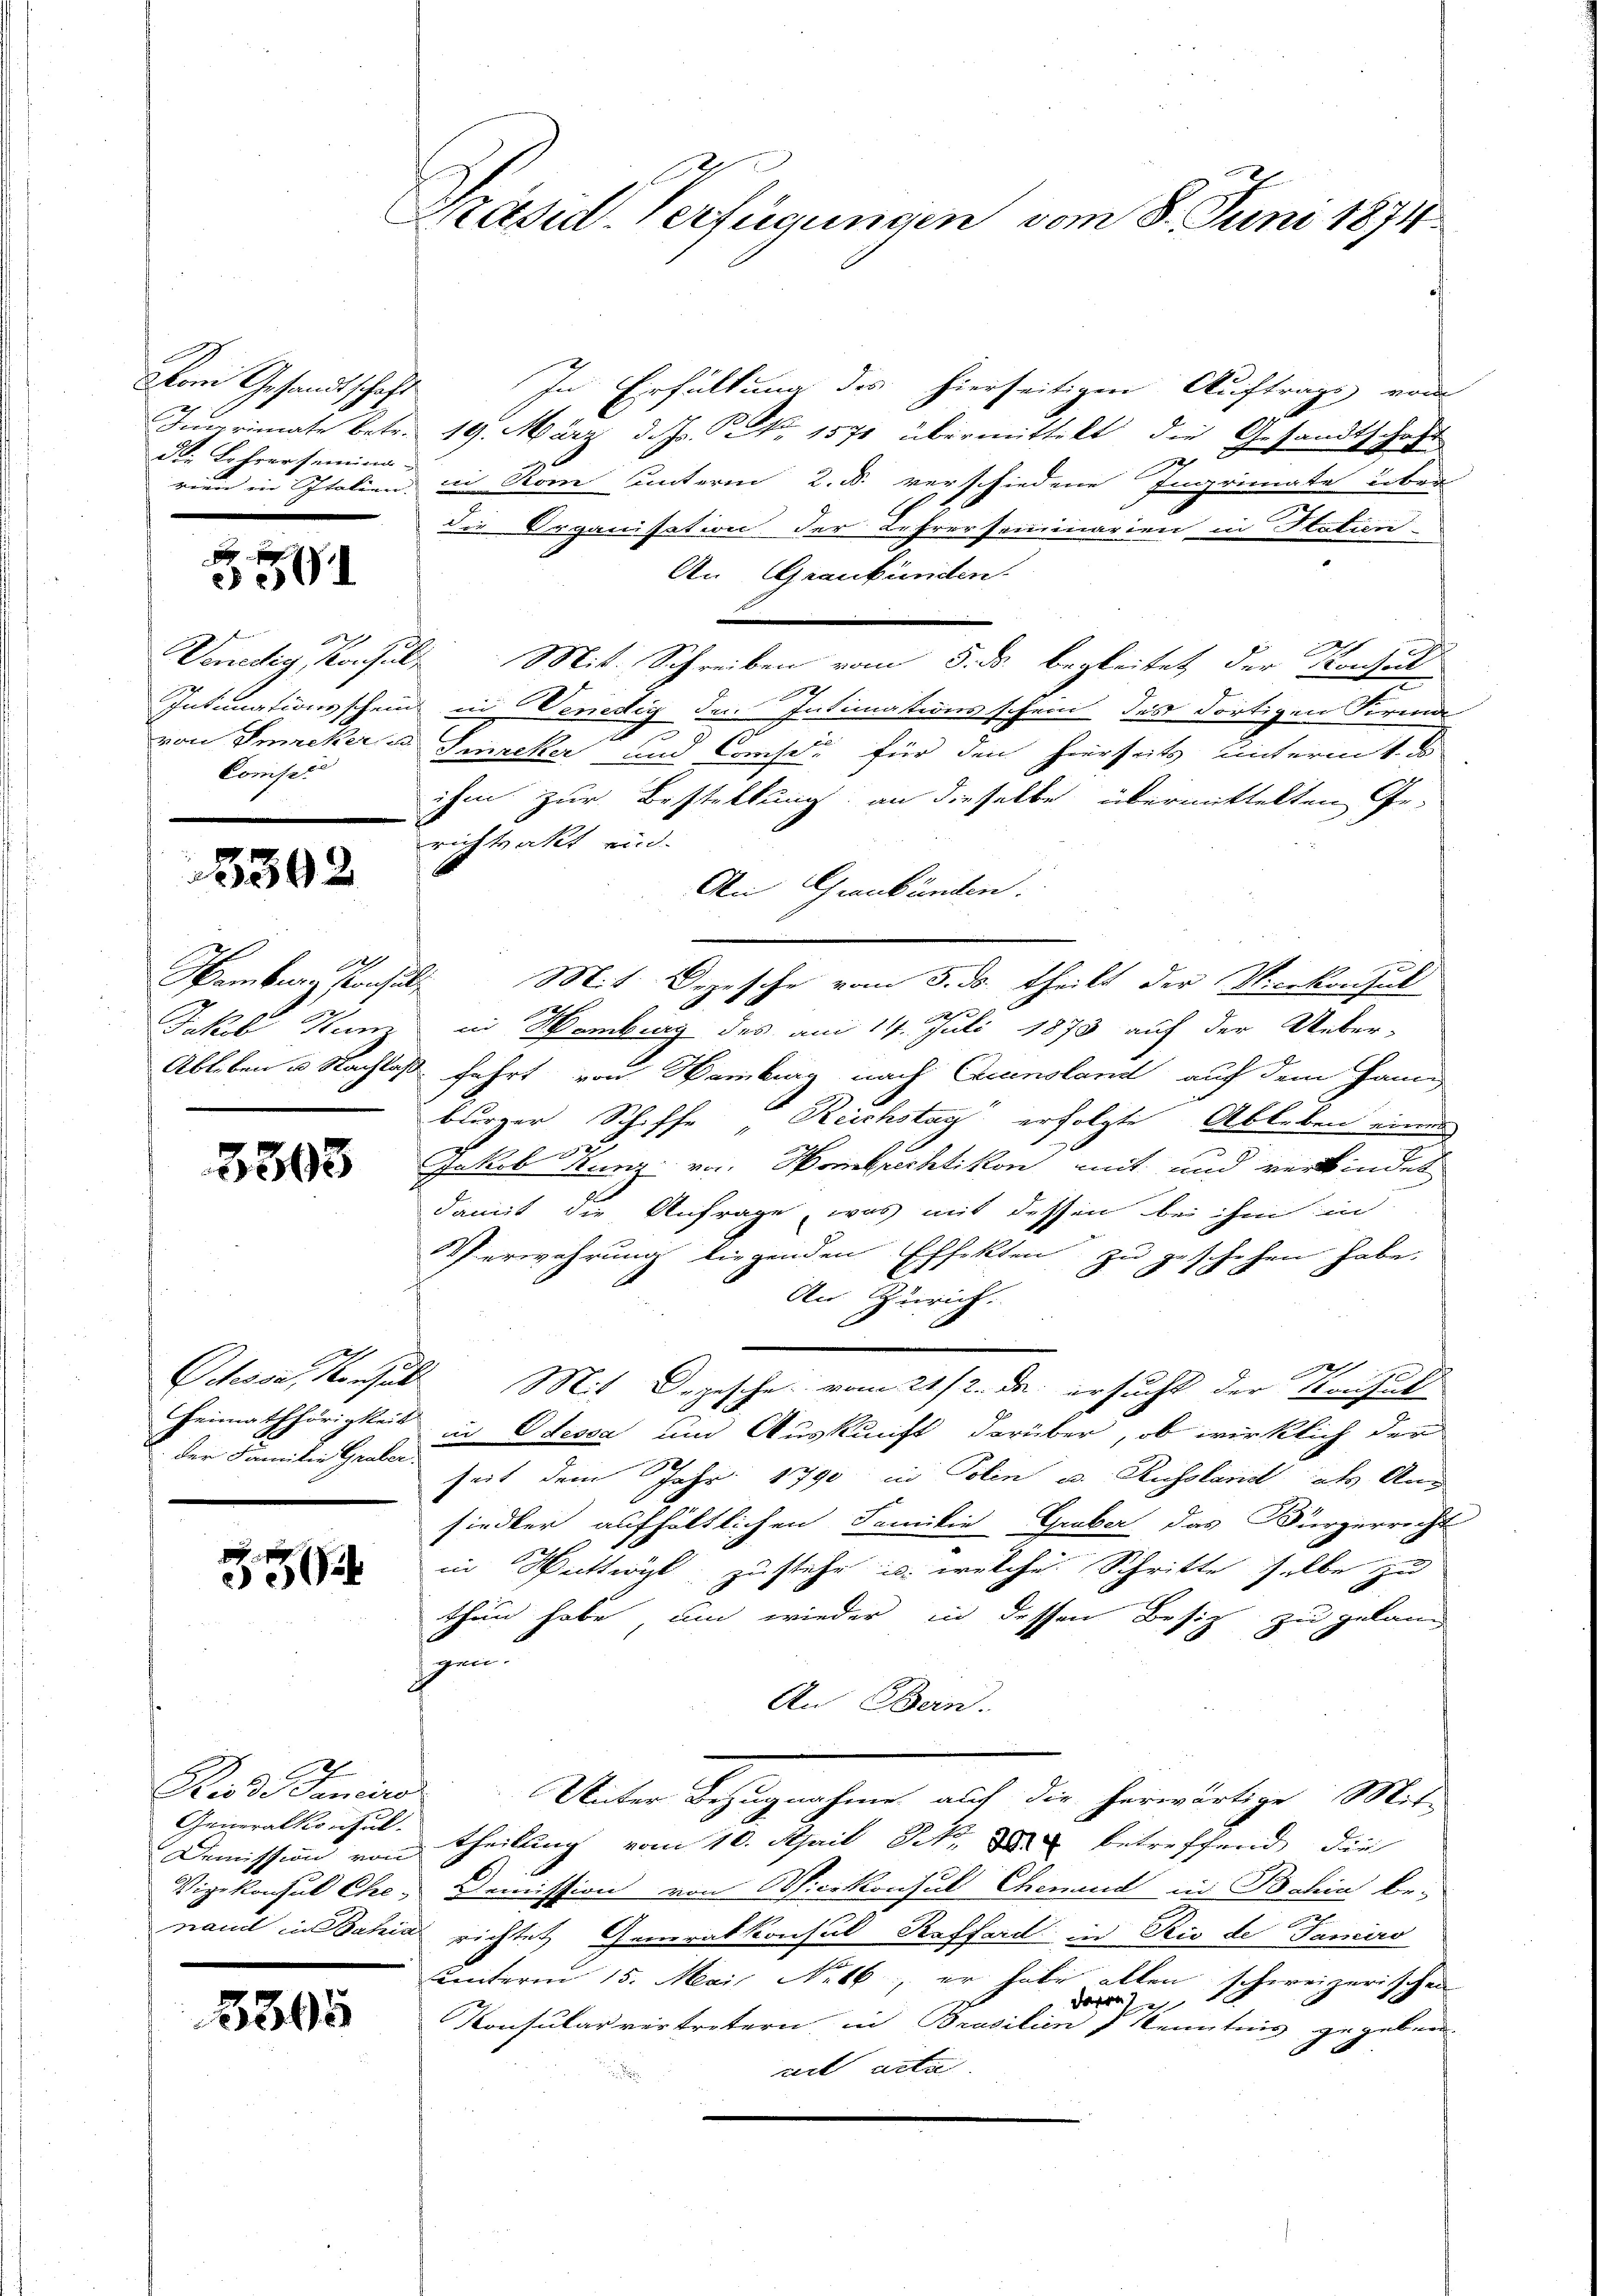
Vom Gesandtschaft
d. Lehrersemina

u
3501

Venedig Konsul,
Confess

3592

21.
Hamburg stanhalt

3303

1
5

E
Generalkonsul

5395

Präsid. Verfügungen vom 8. Juni 1874

In Erfüllung des hierseitigen Auftrags vom
Imprimate betr. 19. März d. Js. Nr. 1571 übermittelt die Gesandtschaft
rien in Italien, in Rom unterm 2. d. verschiedene Ingrimate über
die Organisation der Lehrerseminarien in Station
An Graubünden.
Mit Schreiben vom 5. ds. begleitet der Konsul
84
Intimationsschein in Wenedig den Intimationsschein des dortigen Firma

von Imreker u. Gercker und Confer für den hierseits unterm 1. es
ihm zur Bestellung an dieselbe übermittelten Ge-
richtsakt ein.
An Graubünden.
Mit Depesche vom 3. ds. theilt der Vicekonsul
2
Jakob Kunz in Hamburg des am 14. Juli 1873 auf der Ueber-
Ableben u. Nachlaß fahrt von Wamburg nach Einsland auf dem Hann
burger Schiffe „Reichstag erfolgte Ableben eines
2
Jakob Tanz von Hombrechtikon mit und verbindet
damit die Anfrage, was mit dessen bei ihm in
Verwahrung liegenden Effekten zu geschehen habe.
An Zürich.
3
Octesse, Konsuls Mit Depesche vom 21 st. Da ersucht der Konsul
Heimathörigkeit in Odesca um Auskunft darüber, ob wirklich der
2
der Familie Garten Zeit dem Jahr 1790 in Polen u. Russland als Ang
siedler aufhältlichen Familie Gruber das Bürgerricht
in Wattwyl, zustehe u. welche Schritte selbe zu
thun habe, um wieder in dessen Besiz zu gelang
geei
An Bern.
Reides Sanciere Unter Bezugnahme auf die herwärtige Mit¬
Demission von Theilung vom 10. April 8. betreffend die
Vizekonsul Ehre, Demission von Wicekonsul Ehemand in Bahia be-
nand in Bahia richtet Generalkonsul Koffard in Rio de Tamiro
unterm 15. Mai Nebb, er habe allen schweizerischen
dar
Konsularvertretern in Brasilien Kenntnis gegeben.
art acta.